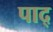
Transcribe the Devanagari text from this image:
पाद्